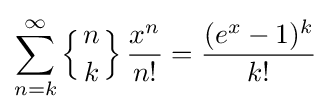
\sum _{n=k}^{\infty }\left\{{n \atop k}\right\}{\frac {x^{n}}{n!}}={\frac {(e^{x}-1)^{k}}{k!}}